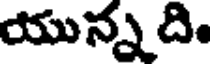
యున్న ది.